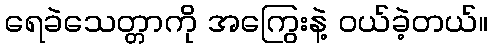
ရေခဲသေတ္တာကို အကြွေးနဲ့ ဝယ်ခဲ့တယ်။